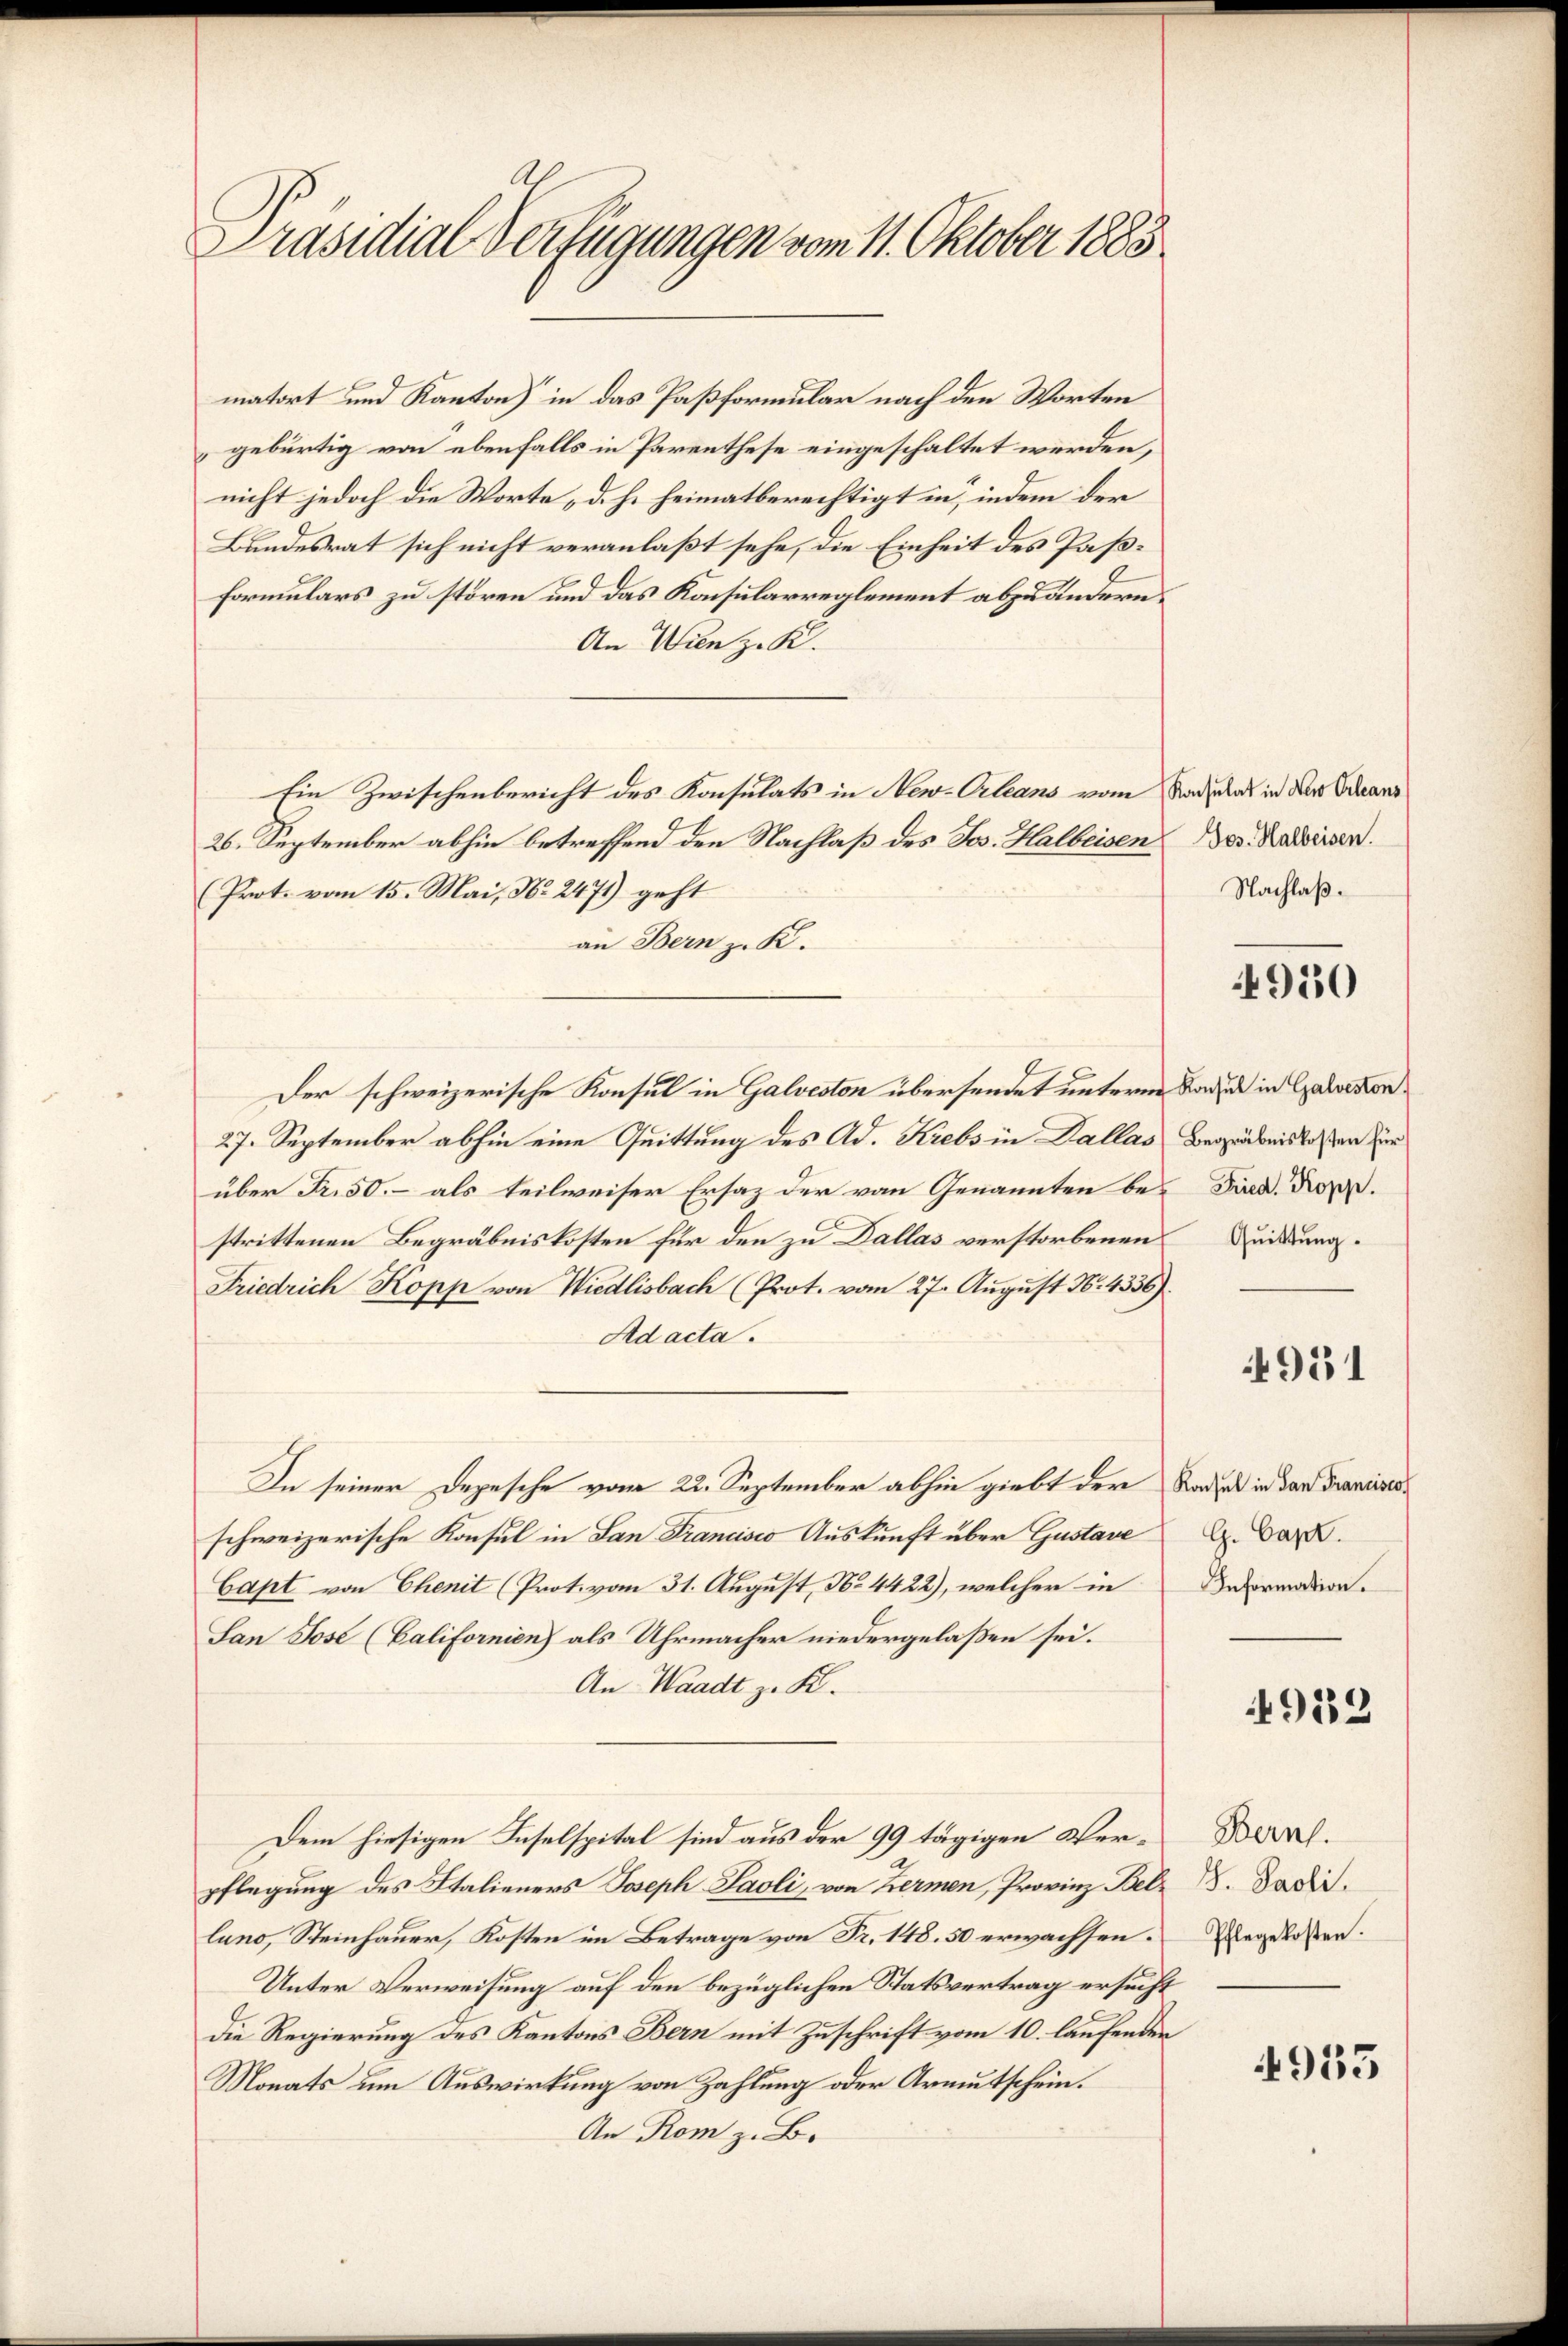
e
Präsidial-Verfügungen vom 11. Oktober 1883

matort und Kanton) in das Paßformular nach den Worten
gebürtig von ebenfalls in Parenthese eingeschaltet werden,
nicht jedoch die Worte „d. h. heimatberechtigt in, indem der
Bundesrat sich nicht veranlaßt sehe, die Einheit des Paßformulars zu stören und das Konsularreglement abzuändern.
An Wien z. K.
Ein Zwischenbericht des Konsulats in New-Orleans vom Saddas in der Schrans
26. September abhin betreffend den Nachlaß des Jos. Halbeisen
(Prot. vom 15. Mai, No. 2471) geht
an Bern z. K.
Der schweizerische Konsul in Galveston übersendet unterm Baden in Galoekon
27. September abhin eine Quittung des Ad. Krebs in Dallas
über Fr. 50.- als teilweiser Ersatz der von Genannten be¬ Find. Kop.
strittenen Begräbniskosten für den zu Dallas verstorbenen
Friedrich Kopp von Wiedlisbach (Prot. vom 27. August N. 4356).
Ad acta.
In seiner Depesche vom 22. September abhin giebt der Nadel in dan Franciscschweizerische Konsul in San Francisco Auskunft über Gustave
Capt von Chenit (Prot. vom 31. August, No 4422), welcher in
San Jose (Californien) als Uhrmacher niedergelaßen sei.
An Waadt z. K.
Dem hiesigen Inselspital sind aus der 99 tägigen Verpflegung des Italieners Joseph Paoli, von Kermen, Provinz Betr. Badi
luno, Steinhauer, Kosten im Betrage von Fr. 148. 50 erwachsen.
Unter Verweisung auf den bezüglichen Statsvertrag ersucht
die Regierung des Kantons Bern mit Zuschrift vom 10. laufenden
Monats um Auswirkung von Zahlung oder Armutschein.
An Rom z. B.

Jos. Halbeisen.
Nachlaß.

4950

Begräbniskosten für
Quittung.

951

G. Capt.
Information.

4952

Bern.
Pflegekosten.

4955